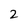
Character: 2